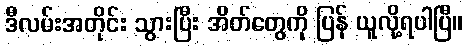
ဒီလမ်းအတိုင်း သွားပြီး အိတ်တွေကို ပြန် ယူလို့ရပါပြီ။